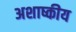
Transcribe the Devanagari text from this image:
अशाष्कीय